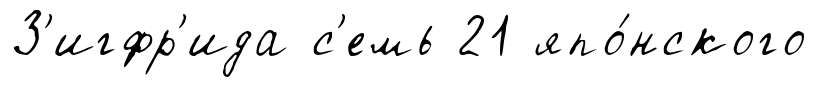
З'игфр'ида с'емь 21 япо́нского